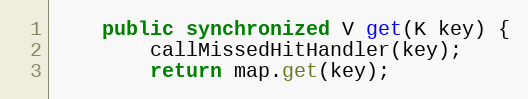
Language: Java
	public synchronized V get(K key) {
		callMissedHitHandler(key);
		return map.get(key);